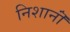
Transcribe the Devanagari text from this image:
निशानॊं